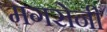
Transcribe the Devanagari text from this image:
मगरोनी